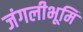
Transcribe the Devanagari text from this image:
जंगलीभूमि